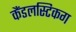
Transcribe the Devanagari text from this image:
कैंडलस्टिकग